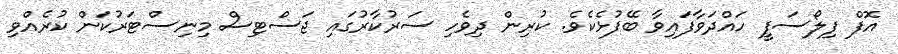
އޮފް ފިލޯސަފީ ހައްދަވާފައިވާ ބޭފުޅެކެވެ. ކުރިން ދިވެހި ސަރުކާރުގައި ޖަސްޓިސް މިނިސްޓަރުކަން ކުރެއްވި